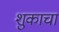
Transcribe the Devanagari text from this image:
शुकाचा